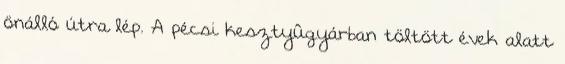
önálló útra lép. A pécsi kesztyûgyárban töltött évek alatt